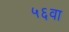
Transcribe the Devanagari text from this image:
५६वा